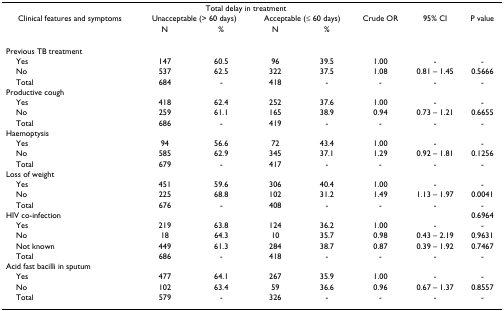
<table><thead><tr><td></td><td colspan="4"><b>Total delay in treatment</b></td><td></td><td></td><td></td></tr><tr><td><b>Clinical features and symptoms</b></td><td colspan="2"><b>Unacceptable (&gt; 60 days)</b></td><td colspan="2"><b>Acceptable (≤ 60 days)</b></td><td><b>Crude OR</b></td><td><b>95% CI</b></td><td><b>P value</b></td></tr><tr><td></td><td><b>N</b></td><td><b>%</b></td><td><b>N</b></td><td><b>%</b></td><td></td><td></td><td></td></tr></thead><tbody><tr><td>Previous TB treatment</td><td></td><td></td><td></td><td></td><td></td><td></td><td></td></tr><tr><td> Yes</td><td>147</td><td>60.5</td><td>96</td><td>39.5</td><td>1.00</td><td>-</td><td>-</td></tr><tr><td> No</td><td>537</td><td>62.5</td><td>322</td><td>37.5</td><td>1.08</td><td>0.81 – 1.45</td><td>0.5666</td></tr><tr><td> Total</td><td>684</td><td>-</td><td>418</td><td>-</td><td>-</td><td>-</td><td>-</td></tr><tr><td>Productive cough</td><td></td><td></td><td></td><td></td><td></td><td></td><td></td></tr><tr><td> Yes</td><td>418</td><td>62.4</td><td>252</td><td>37.6</td><td>1.00</td><td>-</td><td>-</td></tr><tr><td> No</td><td>259</td><td>61.1</td><td>165</td><td>38.9</td><td>0.94</td><td>0.73 – 1.21</td><td>0.6655</td></tr><tr><td> Total</td><td>686</td><td>-</td><td>419</td><td>-</td><td>-</td><td>-</td><td>-</td></tr><tr><td>Haemoptysis</td><td></td><td></td><td></td><td></td><td></td><td></td><td></td></tr><tr><td> Yes</td><td>94</td><td>56.6</td><td>72</td><td>43.4</td><td>1.00</td><td>-</td><td>-</td></tr><tr><td> No</td><td>585</td><td>62.9</td><td>345</td><td>37.1</td><td>1.29</td><td>0.92 – 1.81</td><td>0.1256</td></tr><tr><td> Total</td><td>679</td><td>-</td><td>417</td><td>-</td><td>-</td><td>-</td><td>-</td></tr><tr><td>Loss of weight</td><td></td><td></td><td></td><td></td><td></td><td></td><td></td></tr><tr><td> Yes</td><td>451</td><td>59.6</td><td>306</td><td>40.4</td><td>1.00</td><td>-</td><td>-</td></tr><tr><td> No</td><td>225</td><td>68.8</td><td>102</td><td>31.2</td><td>1.49</td><td>1.13 – 1.97</td><td>0.0041</td></tr><tr><td> Total</td><td>676</td><td>-</td><td>408</td><td>-</td><td>-</td><td>-</td><td>-</td></tr><tr><td>HIV co-infection</td><td></td><td></td><td></td><td></td><td></td><td></td><td>0.6964</td></tr><tr><td> Yes</td><td>219</td><td>63.8</td><td>124</td><td>36.2</td><td>1.00</td><td>-</td><td>-</td></tr><tr><td> No</td><td>18</td><td>64.3</td><td>10</td><td>35.7</td><td>0.98</td><td>0.43 – 2.19</td><td>0.9631</td></tr><tr><td> Not known</td><td>449</td><td>61.3</td><td>284</td><td>38.7</td><td>0.87</td><td>0.39 – 1.92</td><td>0.7467</td></tr><tr><td> Total</td><td>686</td><td>-</td><td>418</td><td>-</td><td>-</td><td>-</td><td>-</td></tr><tr><td>Acid fast bacilli in sputum</td><td></td><td></td><td></td><td></td><td></td><td></td><td></td></tr><tr><td> Yes</td><td>477</td><td>64.1</td><td>267</td><td>35.9</td><td>1.00</td><td>-</td><td>-</td></tr><tr><td> No</td><td>102</td><td>63.4</td><td>59</td><td>36.6</td><td>0.96</td><td>0.67 – 1.37</td><td>0.8557</td></tr><tr><td> Total</td><td>579</td><td>-</td><td>326</td><td>-</td><td>-</td><td>-</td><td>-</td></tr></tbody></table>